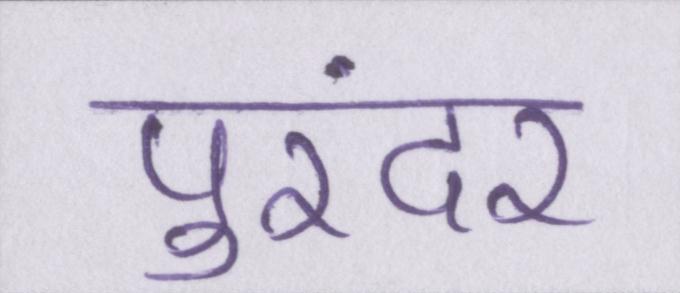
पुरंदर